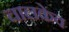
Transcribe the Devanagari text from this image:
चालकेव